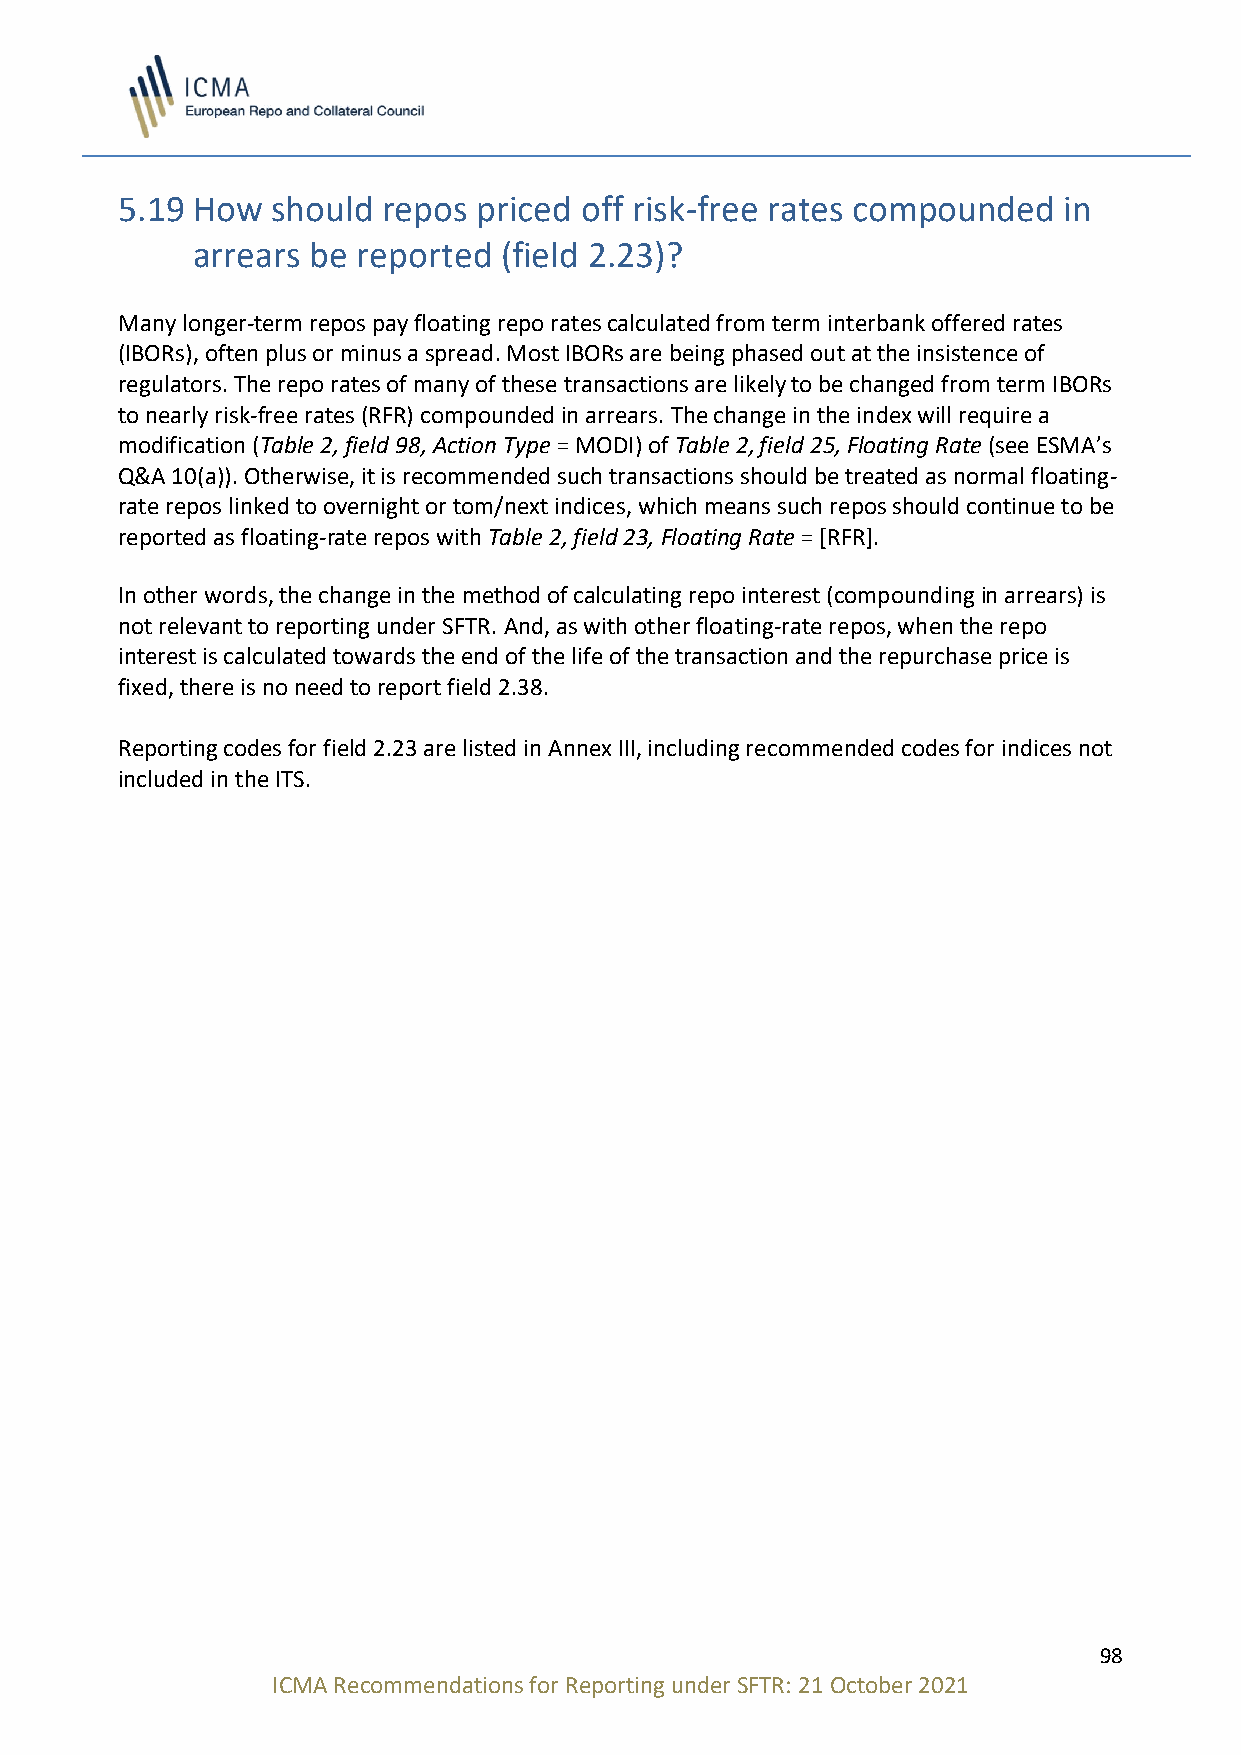
5.19 How  should repos  priced off risk-free rates compounded in
 arrears be reported (field 2.23)?
 Many longer-term repos pay floating repo rates calculated from term interbank offered rates
 (IBORs), often plus or minus a spread. Most IBORs are being phased out at the insistence of
 regulators. The repo rates of many of these transactions are likely to be changed from term IBORs
 to nearly risk-free rates (RFR) compounded in arrears. The change in the index will require a
 modification (Table 2, field 98, Action Type = MODI) of Table 2, field 25, Floating Rate (see ESMA’s
 Q&A 10(a)). Otherwise, it is recommended such transactions should be treated as normal floating-
 rate repos linked to overnight or tom/next indices, which means such repos should continue to be
 reported as floating-rate repos with Table 2, field 23, Floating Rate = [RFR].
 In other words, the change in the method of calculating repo interest (compounding in arrears) is
 not relevant to reporting under SFTR. And, as with other floating-rate repos, when the repo
 interest is calculated towards the end of the life of the transaction and the repurchase price is
 fixed, there is no need to report field 2.38.
 Reporting codes for field 2.23 are listed in Annex III, including recommended codes for indices not
 included in the ITS.
 98
 ICMA Recommendations for Reporting under SFTR: 21 October 2021